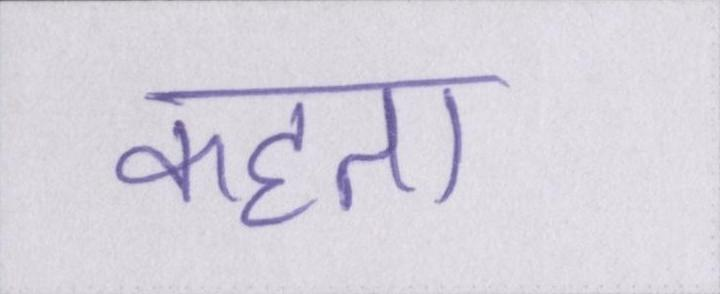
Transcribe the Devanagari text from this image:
कहता